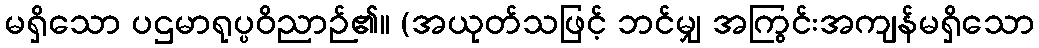
မရှိသော ပဌမာရုပ္ပဝိညာဉ်၏။ (အယုတ်သဖြင့် ဘင်မျှ အကြွင်းအကျန်မရှိသော